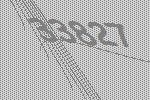
33827